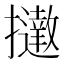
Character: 𢹗